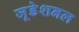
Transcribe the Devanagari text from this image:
जूडेशनल